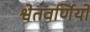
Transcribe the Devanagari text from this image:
श्वेतवर्णियों